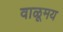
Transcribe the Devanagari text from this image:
वाळूमय